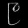
Digit: ၉